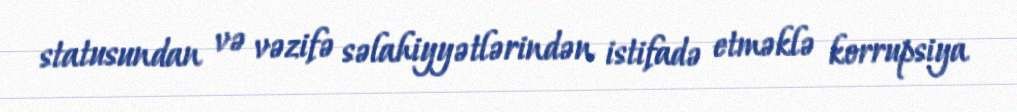
statusundan və vəzifə səlahiyyətlərindən istifadə etməklə korrupsiya